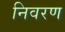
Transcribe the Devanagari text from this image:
निवरण